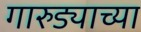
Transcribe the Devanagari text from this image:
गारुड्याच्या